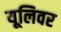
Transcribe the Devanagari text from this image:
यूलिवर